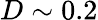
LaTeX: D\sim 0.2